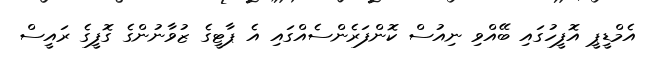
އެމްޑީޕީ އޮފީހުގައި ބޭއްވި ނިއުސް ކޮންފަރެންސެއްގައި އެ ޕާޓީގެ ޒުވާނުންގެ ގޮފީގެ ރައީސް